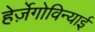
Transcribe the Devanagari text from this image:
हेर्ज़ेगोविन्याई